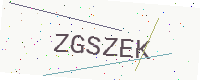
Text: ZGSZEK